Civil Veterinary Department. Central Provinces & Berar 1925-31 - 1925-1931
Year: 1925
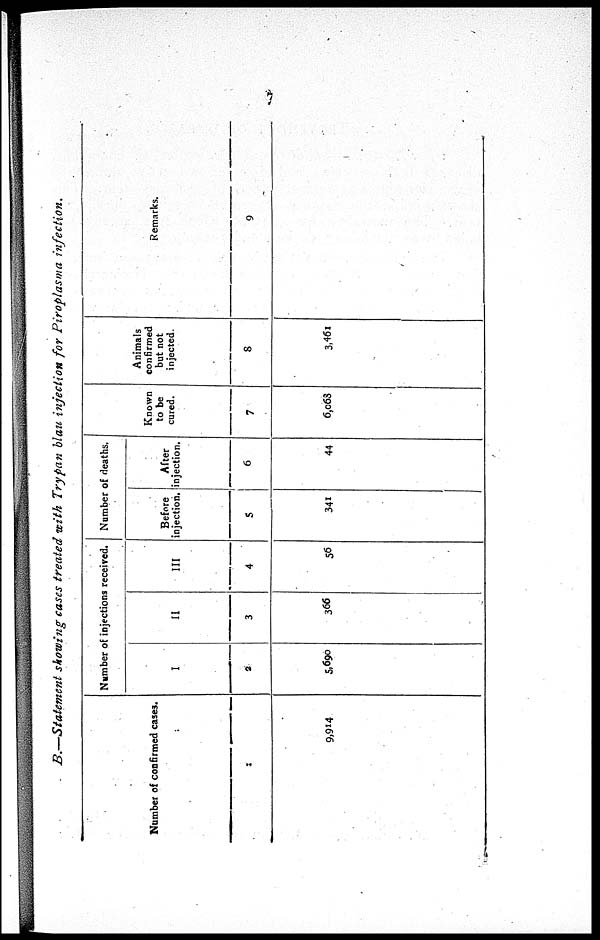
7
B.—Statement showing cases treated with Trypan blau injection for Piroplasma
infection.
Number of confirmed cases.
1
9,914
Number of injections received.
I
2
5,690
II
3
366
III
4
56
Number of deaths.
Before
injection.
5
341
After
injection.
6
44
Known
to be
cured.
7
6,068
Animals
confirmed
but not
injected.
8
3,461
Remarks.
9